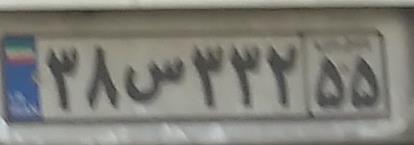
۳۸س۳۳۲۵۵